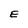
Character: E